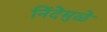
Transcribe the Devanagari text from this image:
निंदेमुळे